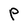
Character: P